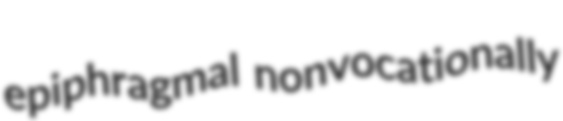
epiphragmal nonvocationally